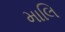
માલિ